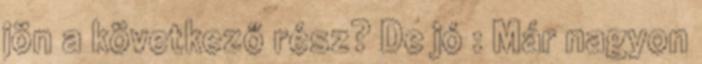
jön a következő rész? De jó : Már nagyon